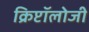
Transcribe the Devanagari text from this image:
क्रिप्टॉलोजी